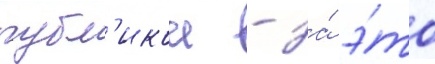
публ'икои - за́ э́то